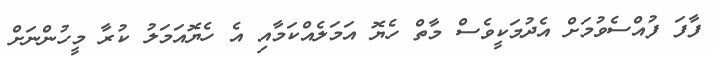
ފާފަ ފުއްސެވުމަށް އެދުމަކީވެސް މާތް ހެޔޮ އަމަލެއްކަމާއި އެ ހެޔޮއަމަލު ކުރާ މީހުންނަށް